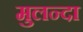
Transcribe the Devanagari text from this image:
मुलन्दा